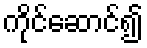
ကိုင်ဆောင်၍